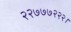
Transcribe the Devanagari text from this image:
२२७७७२२२।